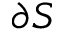
\partial S